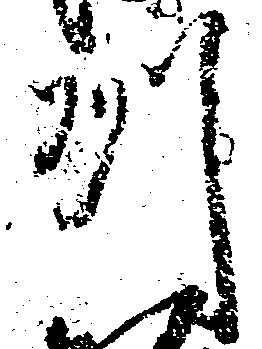
州